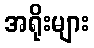
အရိုးများ